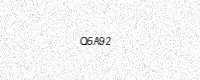
Text: Q5A92